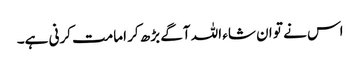
اس نے تو ان شاء اللہ آگے بڑھ کر امامت کرنی ہے۔